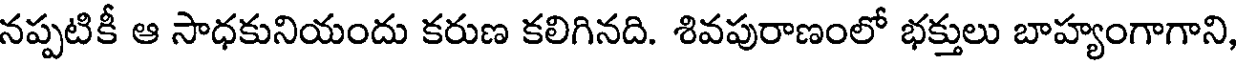
నప్పటికీ ఆ సాధకునియందు కరుణ కలిగినది. శివపురాణంలో భక్తులు బాహ్యంగాగాని,